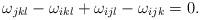
LaTeX: \begin{align*}\omega_{jkl}-\omega_{ikl}+\omega_{ijl}-\omega_{ijk}=0.\end{align*}